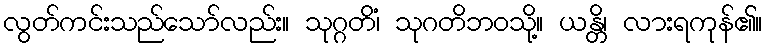
လွတ်ကင်းသည်သော်လည်း။ သုဂ္ဂတိံ၊ သုဂတိဘဝသို့။ ယန္တိ၊ လားရကုန်၏။